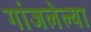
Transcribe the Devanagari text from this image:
गांजलेल्या